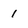
Character: 1